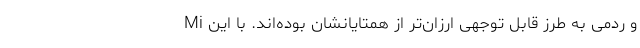
Mi و ردمی به طرز قابل توجهی ارزان‌تر از همتایانشان بوده‌اند. با این